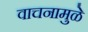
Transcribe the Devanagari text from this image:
वाचनामुळे